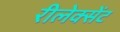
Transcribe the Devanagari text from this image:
रीलेक्सेंट